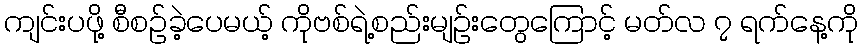
ကျင်းပဖို့ စီစဉ်ခဲ့ပေမယ့် ကိုဗစ်ရဲ့စည်းမျဉ်းတွေကြောင့် မတ်လ ၇ ရက်နေ့ကို